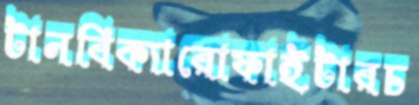
টানবিক্যারোফাইটারচ